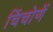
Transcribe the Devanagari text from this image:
चिंचोणें